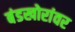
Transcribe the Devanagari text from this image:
बंडखोरांवर